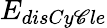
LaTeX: E_{disCy\mathscr{C}le}